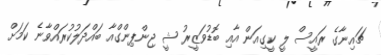
ޗައިނާގެ ރައީސް ލީ ކީގިއަން އާއި ބޮޑުވަޒީރު ޝީ ޖިންޕިންގްއާ ބައްދަލުކުރައްވާނެ ކަމަށް